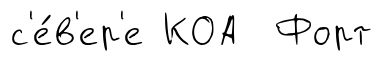
с'е́в'ер'е КОА Форт